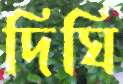
দিঘি